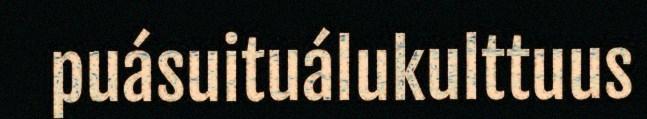
puásuituálukulttuus